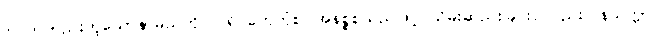
ဝိပါက်တည်းဟူသောနာမည်ကို။ ပရိဂ္ဂဟေတုံစ၊ အနိစ္စစသည်ဖြင့် သိမ်းဆည်းခြင်းငှါလည်း။ နသက္ကာ၊